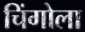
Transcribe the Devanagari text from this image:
चिंगोला